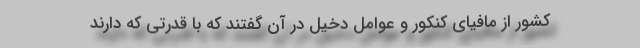
کشور از مافیای کنکور و عوامل دخیل در آن گفتند که با قدرتی که دارند